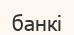
банкі